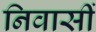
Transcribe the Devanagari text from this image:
निवासीं